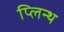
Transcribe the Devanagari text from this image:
प्लिन्थ